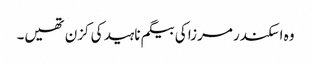
وہ اسکندر مرزا کی بیگم ناہید کی کزن تھیں۔